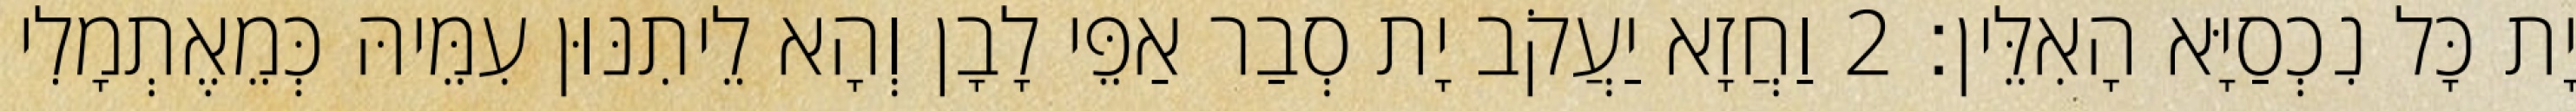
יָת כָּל נִכְסַיָּא הָאִלֵּין׃ 2 וַחֲזָא יַעֲקֹב יָת סְבַר אַפֵּי לָבָן וְהָא לֵיתִנּוּן עִמֵּיהּ כְּמֵאֶתְמָלִי